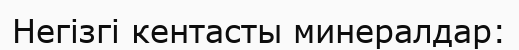
Негізгі кентасты минералдар: